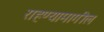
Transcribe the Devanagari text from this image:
राहण्यामागील